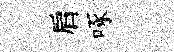
肩啄